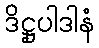
ဒိဋ္ဌုပါဒါနံ